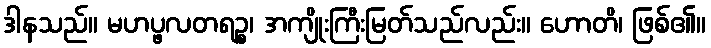
ဒါနသည်။ မဟပ္ဖလတရဉ္စ၊ အကျိုးကြီးမြတ်သည်လည်း။ ဟောတိ၊ ဖြစ်၏။